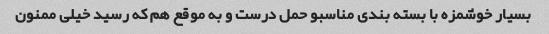
بسیار خوشمزه با بسته بندی مناسبو حمل درست و به موقع هم که رسید خیلی ممنون